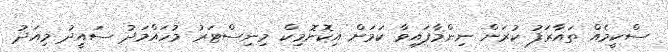
ސްކީމެއް ތައާރަފު ކުރަން ނިންމާފައިވާ ކަމަށް އިކޮނޮމިކް މިނިސްޓަރު މުހައްމަދު ސައީދު މިއަދު